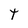
Character: t